Madras plague regulations in force outside the Presidency town - Volume 3
Disease focus: Plague
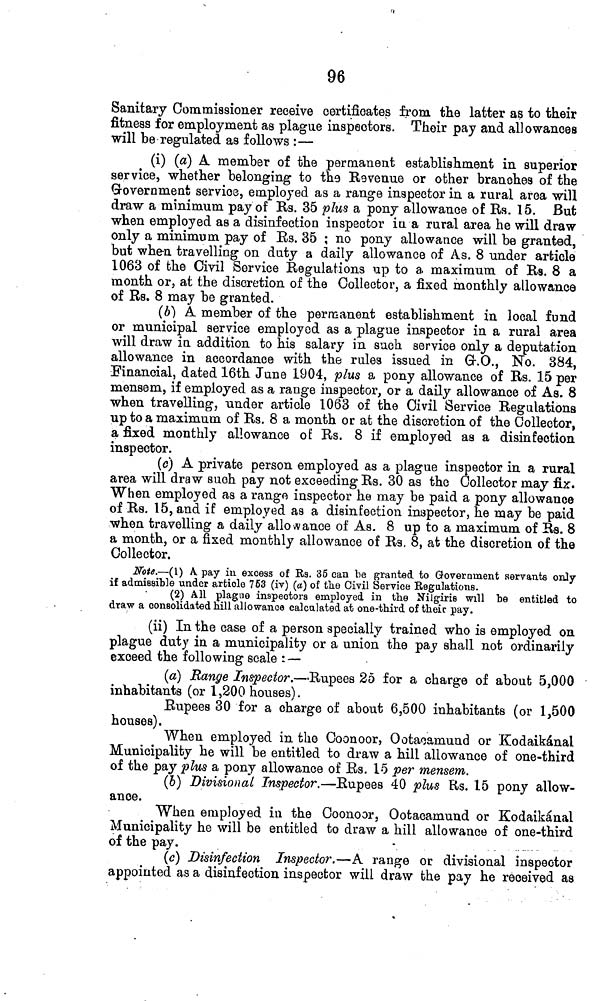
96
Sanitary Commissioner receive certificates from the latter as to tkeir
fitness for employment as plague inspectors. Their pay and allowances
will be regulated as follows :—
(i) (a) A member of the permanent establishment in superior
service, whether belonging to the Revenue or other branches of the
Government service, employed as a range inspector in a rural area will
draw a minimum pay of Rs. 35 plus a pony allowance of Bs. 15. But
when employed as a disinfection inspector in a rural area he will draw
only a minimum pay of Rs. 35 ; no pony allowance will be granted,
but whe-n travelling on duty a daily allowance of As. 8 under article
1063 of the Civil Service Regulations up to a maximum of Bs. 8 a
month or, at the discretion of the Collector, a fixed monthly allowance
of Rs. 8 may be granted.
(b] A member of the permanent establishment in local fund
or municipal service employed as a plague inspector in a rural area
will draw in addition to his salary in such service only a deputation
allowance in accordance with the rules issued in Gf.O., No. 384,
Financial, dated 16th June 1904, plus a pony allowance of Bs. 15 per
mensem, if employed as a range inspector, or a daily allowance of As. 8
when travelling, under article 1063 of the Civil Service Begulations
up to a maximum of Bs. 8 a month or at the discretion of the Collector,
a fixed monthly allowance of Bs. 8 if employed as a disinfection
inspector.
(c) A private person employed as a plague inspector in a rural
area will draw such pay not exceeding Bs. 30 as the Collector may fix.
When employed as a range inspector he may be paid a pony allowance
of Bs. 15, and if employed as a disinfection inspector, he may be paid
when travelling a daily allowance of As. 8 up to a maximum of Bs. 8
a month, or a fixed monthly allowance of Bs, 8, at the discretion of the
Collector.
Note.—(1) A. pay in excess of Rs. 85 can be granted to Government servants only
if admissible under article 763 (iv) (a) of tue Civil Service Regulations.
(2) All plague inspectors employed in the Nilgiris will be entitled to
draw a consolidated hill allowance calculated at one-third of their pay.
(ii) In the case of a person specially trained who is employed on
plague duty in a municipality or a union the pay shall not ordinarily
exceed the following scale : —
(a) Range Inspector.—Bupees 25 for a charge of about 5,000
inhabitants (or 1,200 houses).
Rupees 30 for a charge of about 6,500 inhabitants (or 1,500
houses).
When employed in the Coonoor, Ootaoamuud or Kodaikánal
Municipality he will be entitled to draw a hill allowance of one-third
of the pay plus a pony allowance of Rs. 15 per mensem,
(b) Divisional Inspector.—Rupees 40 plus Bs. 15 pony allow-
ance.
When employed in the Coonoor, Ootaeamund or Kodaikánal
Municipality he will be entitled to draw a hill allowance of one-third
of the pay.
-
..
(c) Disinfection Inspector.—A range or divisional inspector
appointed as a disinfection inspector will draw the pay he received as